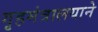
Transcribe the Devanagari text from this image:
गृहमंत्रालयाने